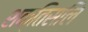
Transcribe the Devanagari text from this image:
शक्तिसलि